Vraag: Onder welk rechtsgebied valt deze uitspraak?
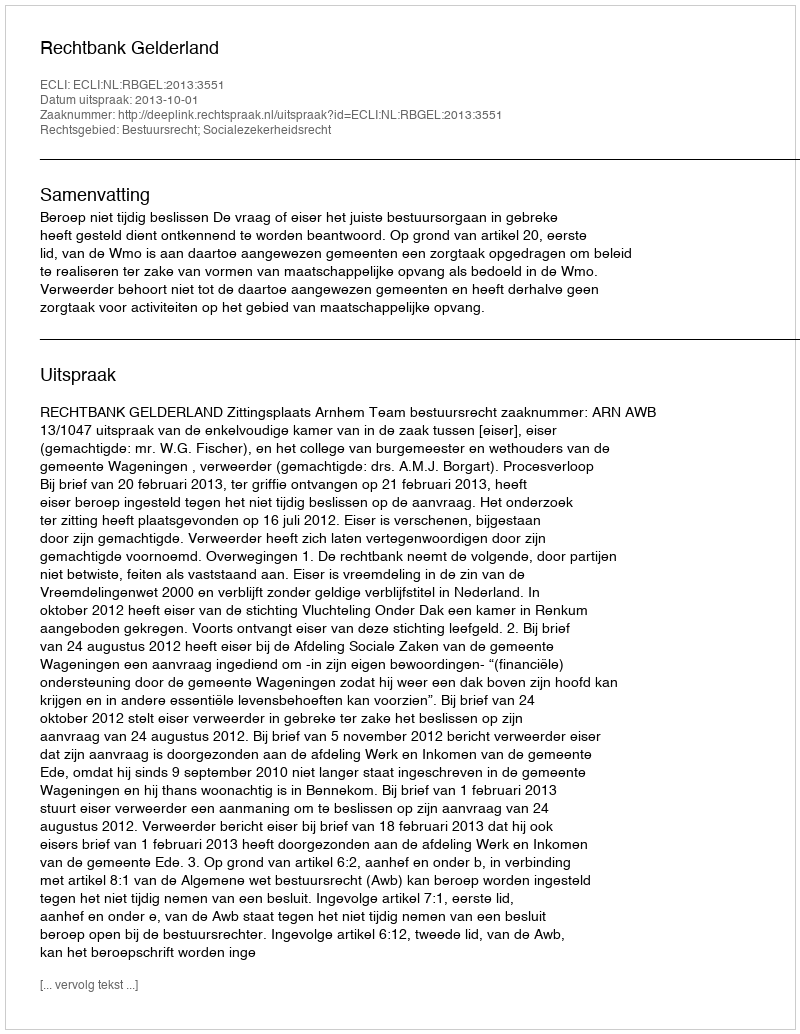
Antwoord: Bestuursrecht; Socialezekerheidsrecht